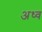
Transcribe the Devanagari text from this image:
अध्व